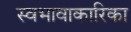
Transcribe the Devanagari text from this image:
स्वभावाकारिका